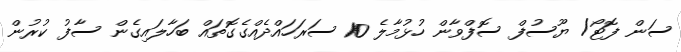
ސަން ފޮޓޯ/ ޔޫސުފް ސޮފްވާން ހުޅުމާލެ 10 ސަރަހައްދެއްގެގޮތައް ބަހާލައިގެން ސާފު ކުރުން